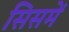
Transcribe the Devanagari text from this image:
सिसमें